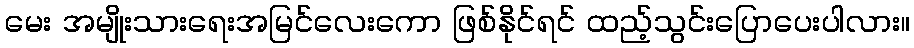
မေး အမျိုးသားရေးအမြင်လေးကော ဖြစ်နိုင်ရင် ထည့်သွင်းပြောပေးပါလား။